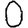
Digit: 0